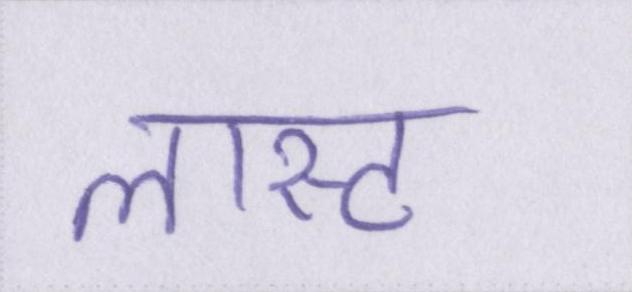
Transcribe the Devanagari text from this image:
लास्ट